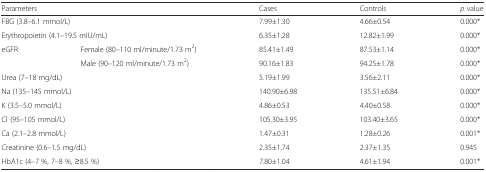
<table><thead><tr><td colspan="2"><b>Parameters</b></td><td><b>Cases</b></td><td><b>Controls</b></td><td><b><i>p</i> value</b></td></tr></thead><tbody><tr><td colspan="2">FBG (3.8–6.1 mmol/L)</td><td>7.99±1.30</td><td>4.66±0.54</td><td>0.000*</td></tr><tr><td colspan="2">Erythropoietin (4.1–19.5 mIU/mL)</td><td>6.35±1.28</td><td>12.82±1.99</td><td>0.000*</td></tr><tr><td rowspan="2">eGFR</td><td>Female (80–110 ml/minute/1.73 m<sup>2</sup>)</td><td>85.41±1.49</td><td>87.53±1.14</td><td>0.000*</td></tr><tr><td>Male (90–120 ml/minute/1.73 m<sup>2</sup>)</td><td>90.16±1.83</td><td>94.25±1.78</td><td>0.000*</td></tr><tr><td colspan="2">Urea (7–18 mg/dL)</td><td>5.19±1.99</td><td>3.56±2.11</td><td>0.000*</td></tr><tr><td colspan="2">Na (135–145 mmol/L)</td><td>140.90±6.98</td><td>135.51±6.84</td><td>0.000*</td></tr><tr><td colspan="2">K (3.5–5.0 mmol/L)</td><td>4.86±0.53</td><td>4.40±0.58</td><td>0.000*</td></tr><tr><td colspan="2">Cl (95–105 mmol/L)</td><td>105.30±3.95</td><td>103.40±3.65</td><td>0.000*</td></tr><tr><td colspan="2">Ca (2.1–2.8 mmol/L)</td><td>1.47±0.31</td><td>1.28±0.26</td><td>0.001*</td></tr><tr><td colspan="2">Creatinine (0.6–1.5 mg/dL)</td><td>2.35±1.74</td><td>2.37±1.35</td><td>0.945</td></tr><tr><td colspan="2">HbA1c (4–7 %, 7–8 %, ≥8.5 %)</td><td>7.80±1.04</td><td>4.61±1.94</td><td>0.001*</td></tr></tbody></table>